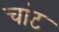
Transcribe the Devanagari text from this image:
चांट